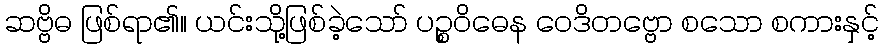
ဆဗ္ဗိဓ ဖြစ်ရာ၏။ ယင်းသို့ဖြစ်ခဲ့သော် ပဉ္စဝိဓေန ဝေဒိတဗ္ဗော စသော စကားနှင့်